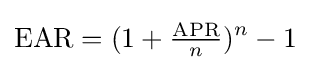
\mathrm {EAR} =(1+{\tfrac {\mathrm {APR} }{n}})^{n}-1